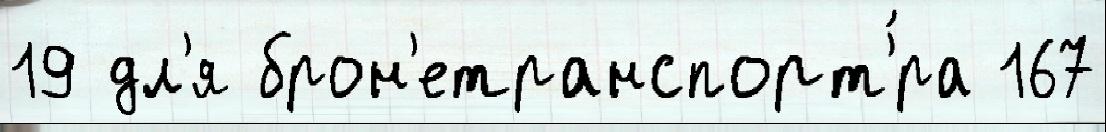
19 дл'я брон'етранспорт'́ра 167